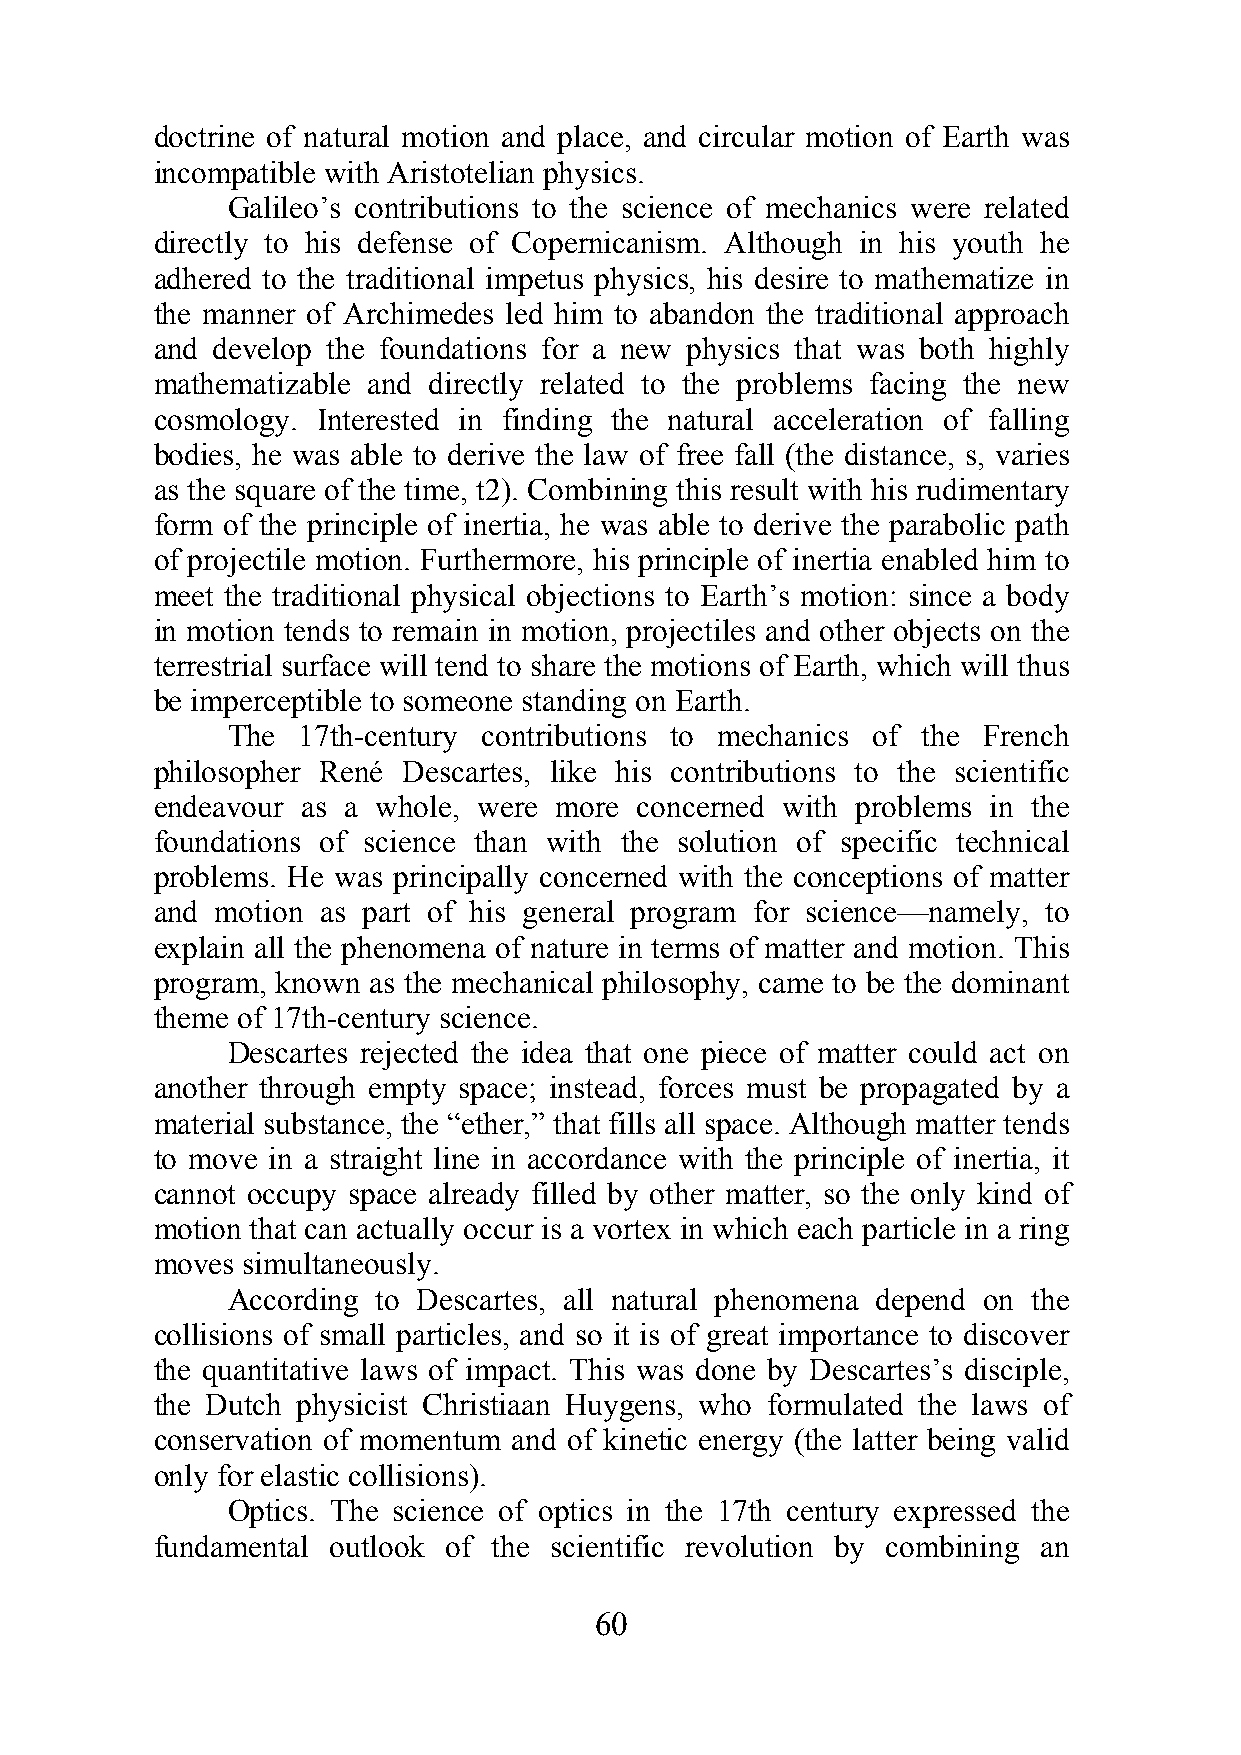
doctrine of natural motion and place, and circular motion of Earth was
 incompatible with Aristotelian physics.
 Galileo’s contributions to the science of mechanics were related
 directly to his defense of Copernicanism. Although in his youth he
 adhered to the traditional impetus physics, his desire to mathematize in
 the manner of Archimedes led him to abandon the traditional approach
 and develop the foundations for a new physics that was both highly
 mathematizable and directly related to the problems facing the new
 cosmology. Interested in finding the natural acceleration of falling
 bodies, he was able to derive the law of free fall (the distance, s, varies
 as the square of the time, t2). Combining this result with his rudimentary
 form of the principle of inertia, he was able to derive the parabolic path
 of projectile motion. Furthermore, his principle of inertia enabled him to
 meet the traditional physical objections to Earth’s motion: since a body
 in motion tends to remain in motion, projectiles and other objects on the
 terrestrial surface will tend to share the motions of Earth, which will thus
 be imperceptible to someone standing on Earth.
 The  17th-century contributions to mechanics of the French
 philosopher René Descartes, like his contributions to the scientific
 endeavour as a whole, were more concerned with problems in the
 foundations of science than with the solution of specific technical
 problems. He was principally concerned with the conceptions of matter
 and motion as part of his general program for science—namely, to
 explain all the phenomena of nature in terms of matter and motion. This
 program, known as the mechanical philosophy, came to be the dominant
 theme of 17th-century science.
 Descartes rejected the idea that one piece of matter could act on
 another through empty space; instead, forces must be propagated by a
 material substance, the “ether,” that fills all space. Although matter tends
 to move in a straight line in accordance with the principle of inertia, it
 cannot occupy space already filled by other matter, so the only kind of
 motion that can actually occur is a vortex in which each particle in a ring
 moves simultaneously.
 According to Descartes, all natural phenomena depend on the
 collisions of small particles, and so it is of great importance to discover
 the quantitative laws of impact. This was done by Descartes’s disciple,
 the Dutch physicist Christiaan Huygens, who formulated the laws of
 conservation of momentum and of kinetic energy (the latter being valid
 only for elastic collisions).
 Optics. The science of optics in the 17th century expressed the
 fundamental outlook of the scientific revolution by combining an
 60